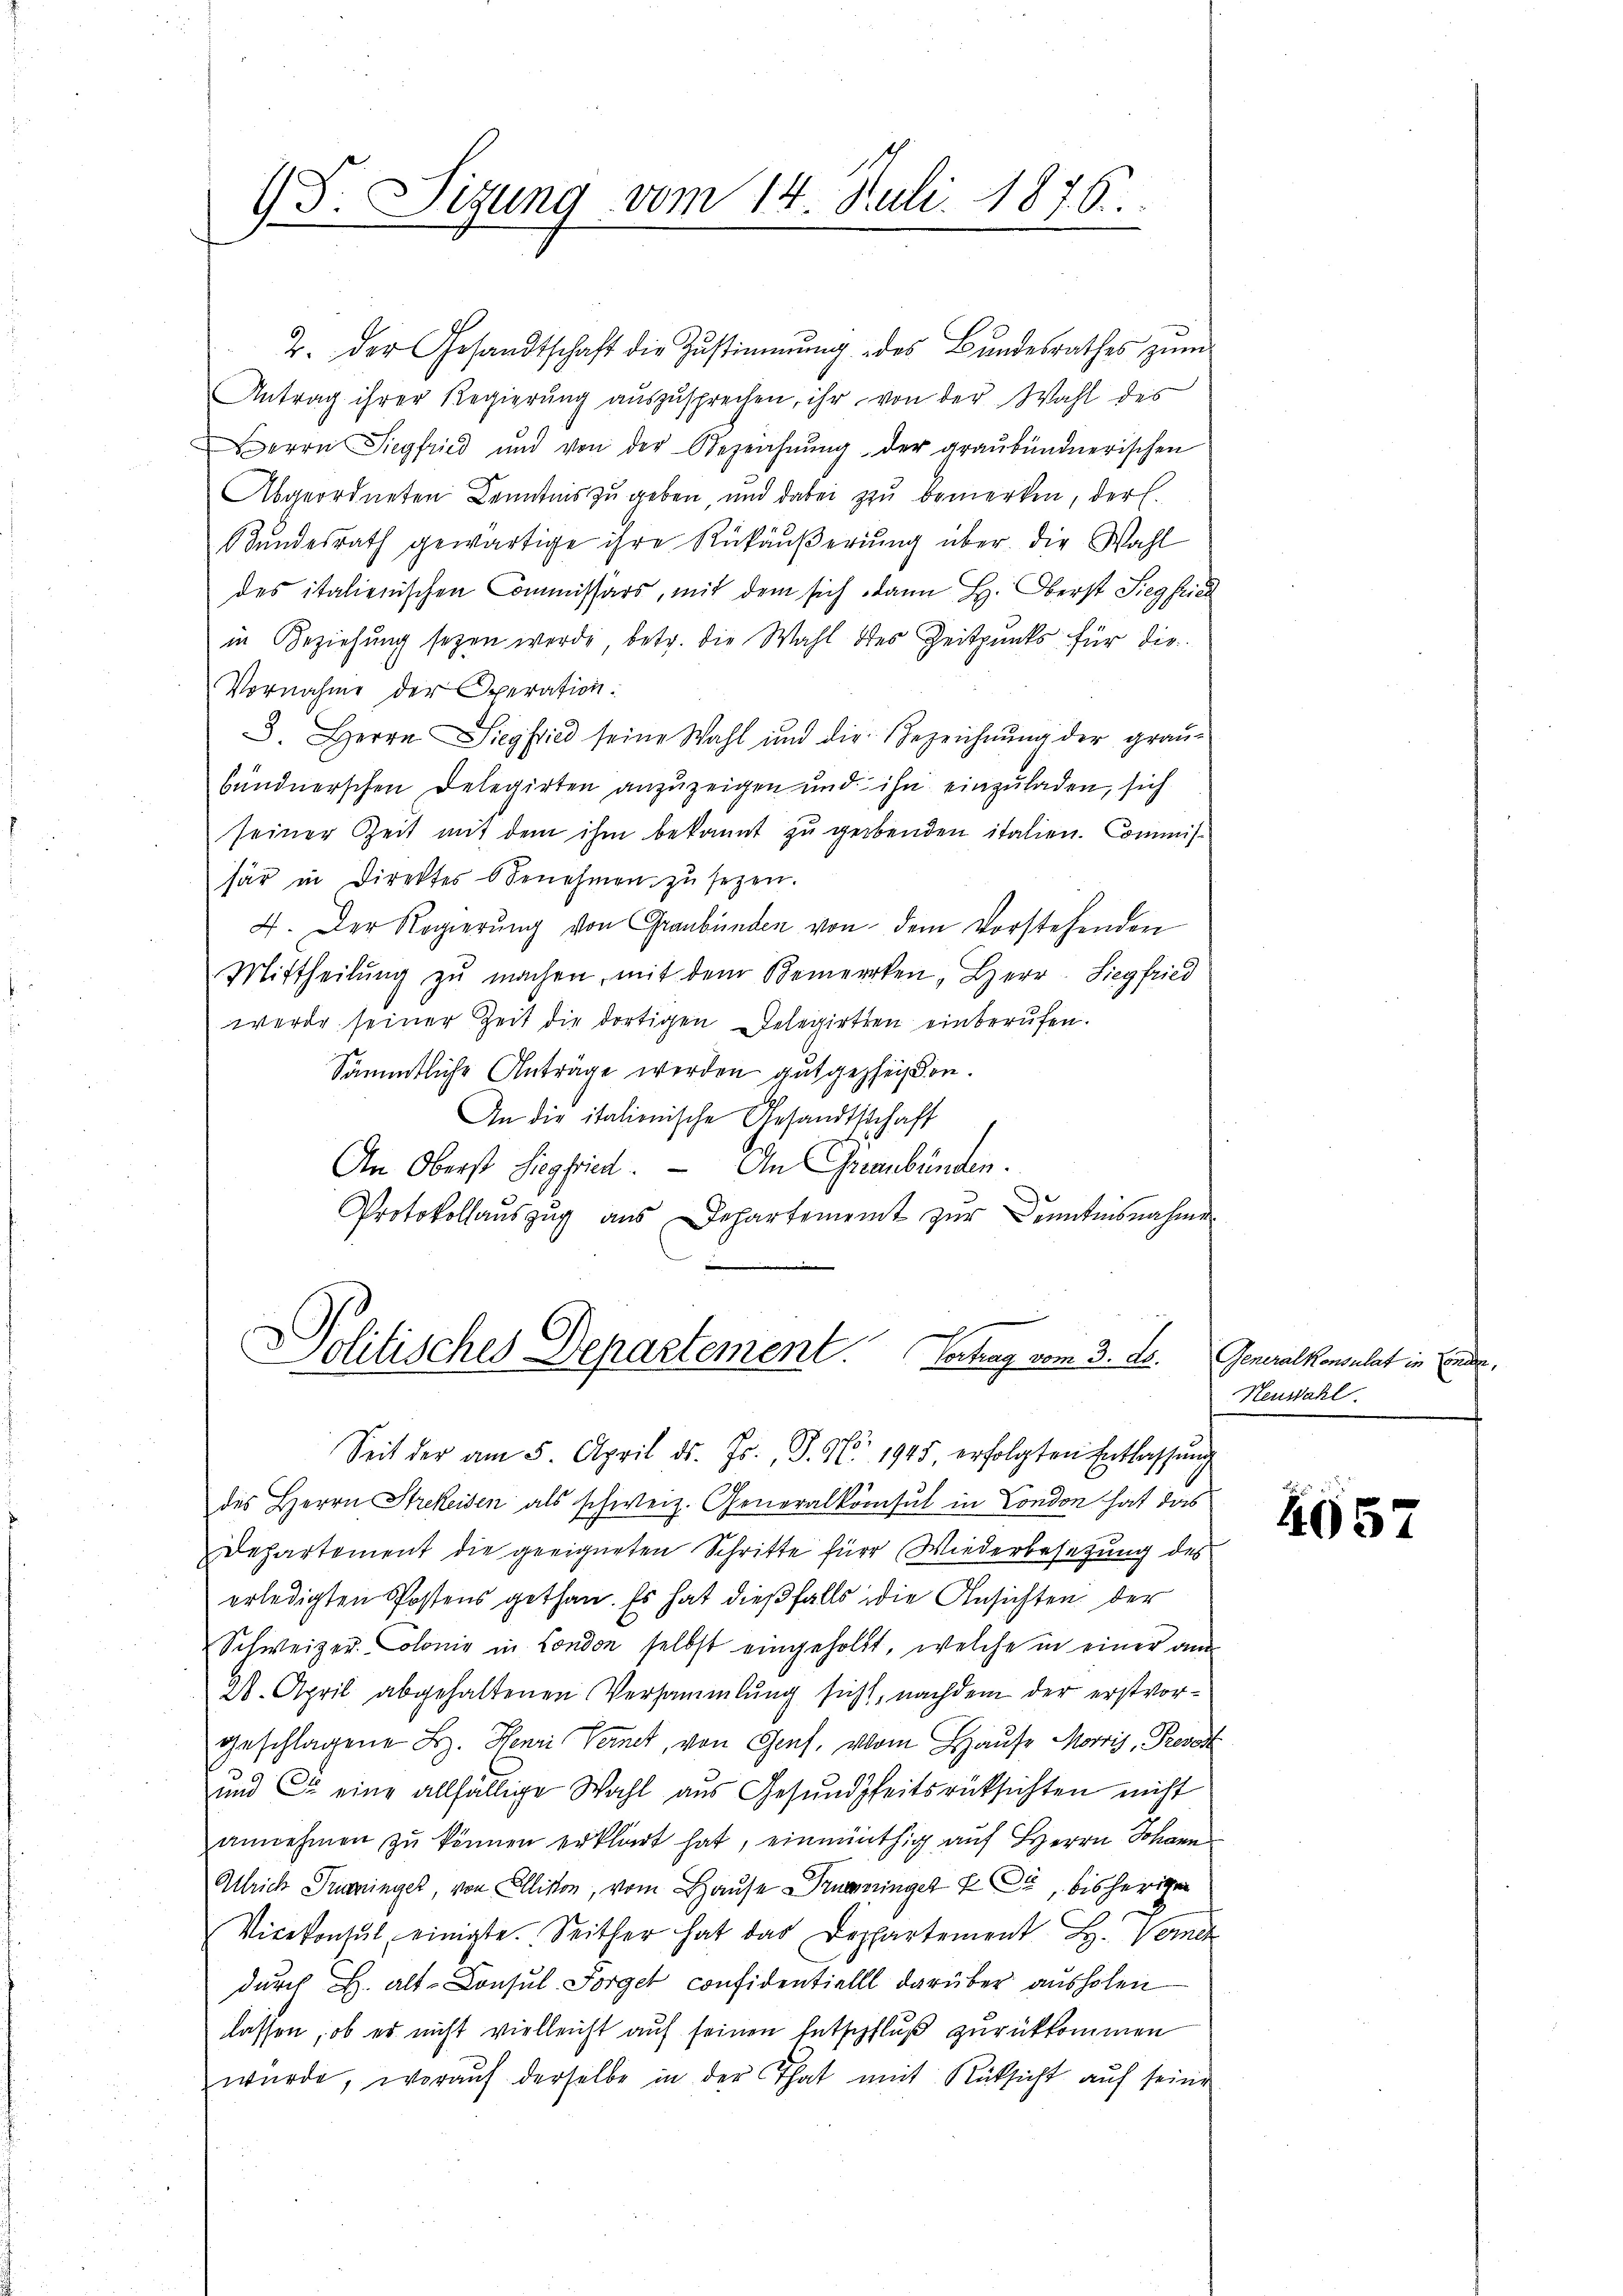
13. Sigung vom 14. Juli 1876.

2. Der Gesandtschaft die Zŭstimmung des Bŭndesrathes zŭm
Antrag ihrer Regierŭng aŭszŭsprechen, ihr von der Wahl des
errn Siegfried und von der Bezeichnŭng der graubündnerischen
Abgeordneten Kenntnis zu geben, und dabei zu bemerken, der E.
Bundesrath gewärtige ihre Rükäußerung über die Wahl
des italienischen Commissärs, mit dem sich dann L. Oberst Siegfried
in Beziehung seyen werde, betr. die Wahl des Zeitpunks für die
Vornahme der Operation.
8. Herrn Siegfried seine Wahl und die Bezeichnŭng der graŭ-
bündnerschen Delegirten anzuzeigen und ihn einzuladen, sich
seiner Zeit mit dem ihm bekannt zu gebenden italien. Commis-
sär in Direktes Benehmen zu sezen.
4. Der Regierung von Graubünden von dem Vorstehenden
Mittheilŭng zŭ machen, mit dem Bemercken, Herr-Siegfried
werde seiner Zeit die dortigen Gelegirten einberufen.
Sämmtliche Anträge werden gutgeheißen.
An die italienische Gesandtschaft
An Oberst Siegfried. — An Graubünden.
Protokollauszug aus Departement zur Kenntnisnahme
Politisches Departement. Vortrag vom 3. ds. Generalkonsulat in Enden,
Seit der am 5. April d. Js., S. No. 1945 erfolgten Entlassŭng
des Herrn Strekeisen als schweiz. Generalkonsul in London hat das
Dehartement die geeigneten Schritte für Wiederbesetzung des
erledigten Postens gethan. Es hat dießfalls die Ansichten der
Schweizer-Colonie in London selbst eingeholt, welche in einer an
2. April abgehaltenen Versammlung sicht, nachdem der erstvorgeschlagene Bz. Henri Vernet, von Genf, vom Hause Moris, Prevost
und C. eine allfällige Wahl aus Gesundheitsrücksichten nicht
annehmen zŭ können erklärt hat, einmüthig auf Herrn Johann
Ulrich Ineringer, von Ellikon, vom Hause umringer zu, bisherigen
Vicekonsul einigte. Seither hat das Departement H. Vere
dŭrch H. alt-Consul Sorget confidentiell darüber ausholen
lassen, ob er nicht vielleicht auf seinen Entschfluß zurückkommen
würde, worauf derselbe in der That mit Rücksicht auf seine

Neuwahl.

4657